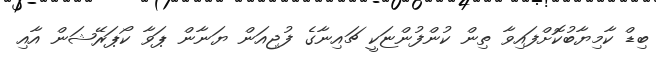
ބިޑް ކާމިޔާބުކޮށްފައިވާ ތިން ކުންފުންޏަކީ ޗައިނާގެ ފުޖިއަން ޔަނާން ޕަވާ ކޯޕަރޭޝަން އާއި